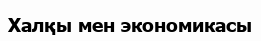
Халқы мен экономикасы